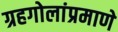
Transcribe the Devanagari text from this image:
ग्रहगोलांप्रमाणे